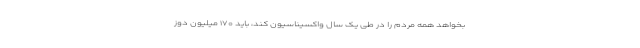
بخواهد همه مردم را در طی یک سال واکسیناسیون کند، باید ۱۷۰ میلیون دوز